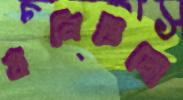
খনিগুলো